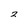
Character: 2